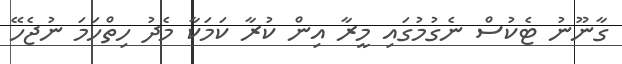
ގާނޫނު ޓެކުސް ނެގުމުގައި މީރާ އިން ކުރާ ކަމަކާ މެދު ހިތްހަމަ ނުޖެހޭ